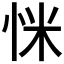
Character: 𢘺